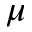
\mu